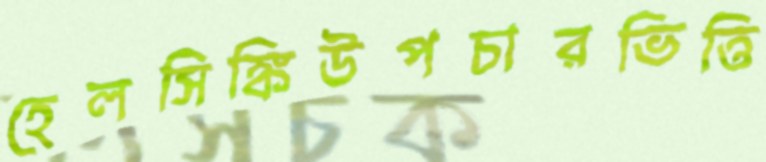
হেলসিঙ্কিউপচারভিত্তি